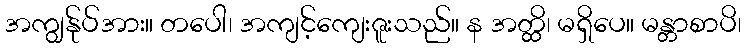
အကျွန်ုပ်အား။ တပေါ၊ အကျင့်ကျေးဇူးသည်။ န အတ္ထိ၊ မရှိပေ။ မန္တာစာပိ၊